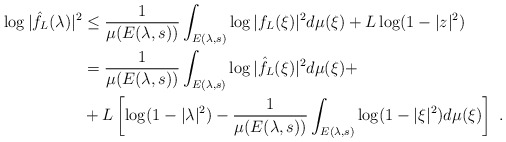
\begin{align*} \log |\hat f_L(\lambda)|^2 &\leq \frac{1}{\mu (E(\lambda,s))}\int_{E(\lambda,s)}\log | f_L(\xi)|^2 d\mu(\xi) +L\log(1-|z|^2)\\ &=\frac{1}{\mu (E(\lambda,s))}\int_{E(\lambda,s)}\log |\hat f_L(\xi)|^2 d\mu(\xi)+\\ &+ L\left[\log(1-|\lambda|^2) - \frac{1}{\mu (E(\lambda,s))}\int_{E(\lambda,s)}\log (1-|\xi|^2) d\mu(\xi)\right]\ . \end{align*}